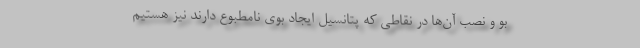
بو و نصب آن‌ها در نقاطی که پتانسیل ایجاد بوی نامطبوع دارند نیز هستیم